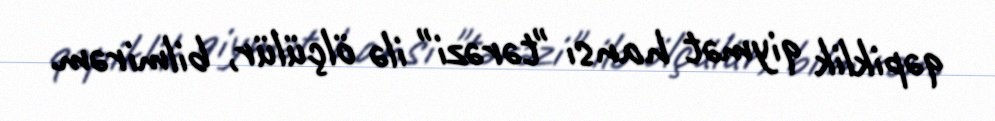
qəpiklik qiymət hansı "tərəzi" ilə ölçülür, bilmirəm.